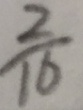
\frac { 2 } { 1 6 }